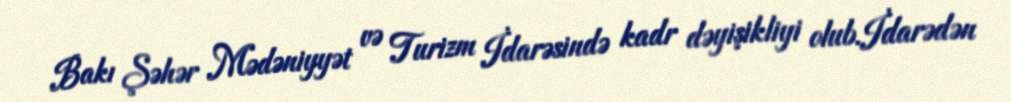
Bakı Şəhər Mədəniyyət və Turizm İdarəsində kadr dəyişikliyi olub.İdarədən